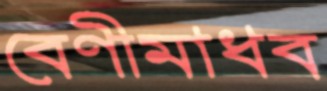
বেণীমাধব